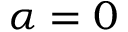
\alpha = 0